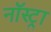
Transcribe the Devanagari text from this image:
नॉस्ट्रा